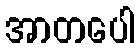
အာတပေါ